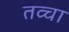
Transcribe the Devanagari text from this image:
तव्चा